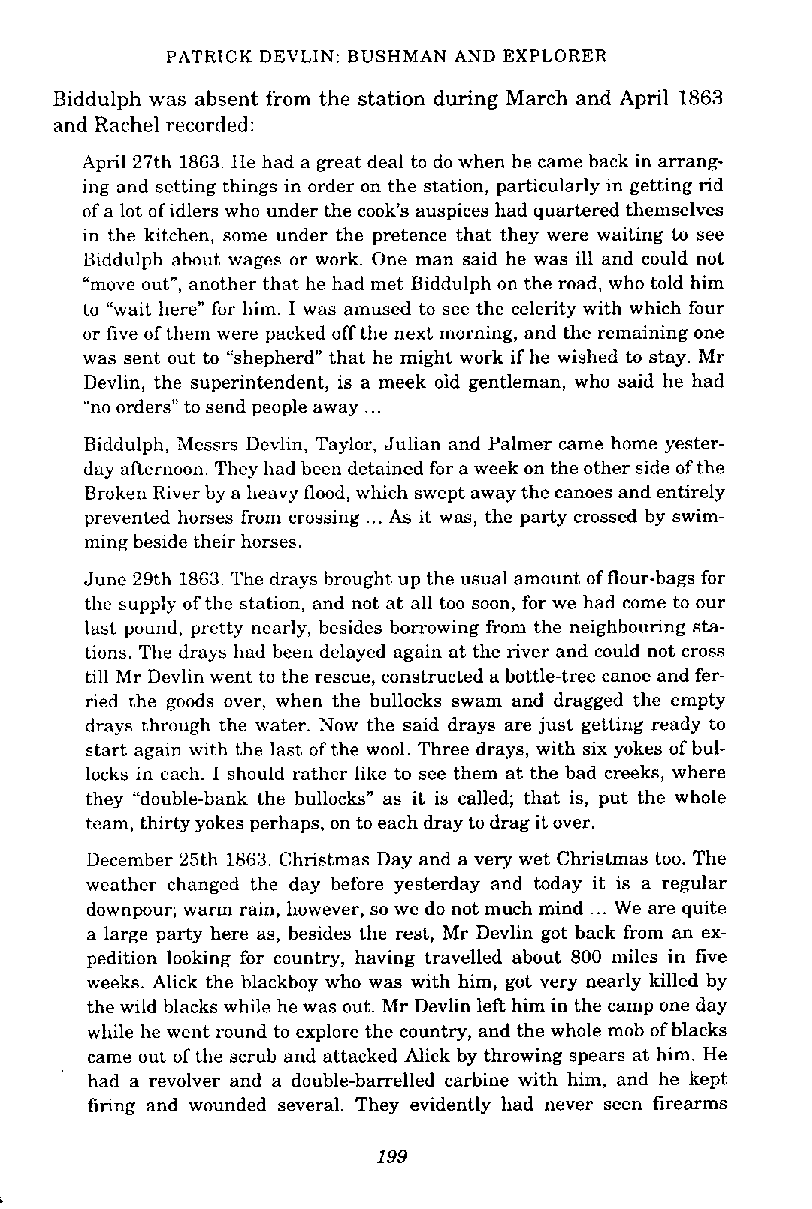
PATRICK DEVLIN: BUSHMAN AND EXPLORER
 Biddulph was absent from the station during March and April 1863
 and Rachel recorded:
 April 27th 1863. He had a great deal to do when he came back in arrang-
 ing and setting things in order on the station, particularly in getting rid
 of a lot of idlers who under the cook's auspices had quartered themselves
 in the kitchen, some under the pretence that they were waiting to see
 Biddulph about wages or work. One man said he was ill and could not
 "move out", another that he had met Biddulph on the road, who told him
 to "wait here" for him. I was amused to see the celerity with which four
 ur live of them were packed off the next morning, and the remaining one
 was sent out to "shepherd" that he might work if he wished to stay. Mr
 Devlin, the superintendent, is a meek oid gentleman, who said he had
 "no orders" to send people away ...
 Biddulph, Messrs Devlin, Taylor, Julian and Palmer came home yester-
 day anernoon. They had been detained for a week on the other side of the
 Broken River by a heavy flood, which swept away the canoes and entirely
 prevented horses from crossing ... As it was, the party crossed by swim-
 ming beside their horses.
 June 29th 1863. The drays brought up the usual amount of flour-hags for
 the supply of the station, and not at all too soon, for we had come to our
 last pound, pretty nearly, besides borrowing from the neighbouring sta-
 tions. The drays had been delayed again at the river and could not cross
 till Mr Devlin went to the rescue, constructed a bottle-tree canoe and fer-
 ried the goods over, when the bullocks swam and dragged the empty
 drays through the water. Now the said drays are just getting ready to
 start again with the last of the wool. Three drays, with six yokes of hul-
 locks in each. I should rather like to see them at the had creeks, where
 they "double-bank the bullocks" as it is called; that is, put the whole
 team, thirty yokes perhaps, on to each dray to drag it over.
 December 25th 1863. Christmas Day and a very wet Christmas too. The
 weather changed the day before yesterday and today it is a regular
 downpour; warm rain, however, so we do not much mind ..W e are quite
 a large party here as, besides the rest, Mr Devlin got back from an ex-
 pedition looking for country, having travelled about 800 miles in five
 weeks. Alick the blackboy who was with him, got very nearly killed by
 the wild blacks while he was out. Mr Devlin lett him in the camp one day
 while he went round to explore the country, and the whole mob of blacks
 came out of the scrub and attacked Alick by throwing spears at him. He
 had a revolver and a double-barrelled carbine with him, and he kept
 firing and wounded several. They evidently had never seen firearms